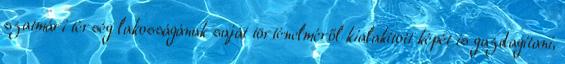
szatmári térség lakosságának saját történelméről kialakított képét is gazdagítani,